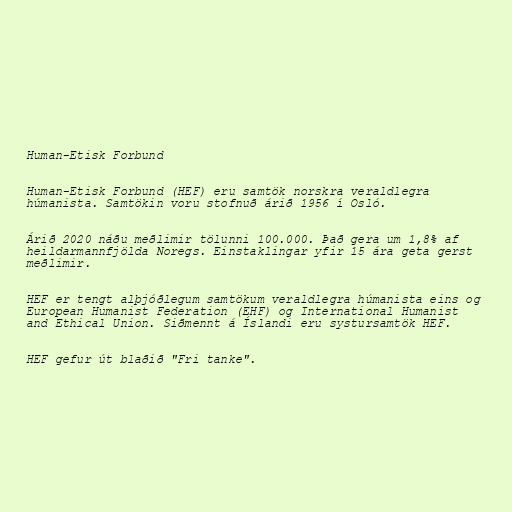
Human-Etisk Forbund

Human-Etisk Forbund (HEF) eru samtök norskra veraldlegra
húmanista. Samtökin voru stofnuð árið 1956 í Osló.

Árið 2020 náðu meðlimir tölunni 100.000. Það gera um 1,8% af
heildarmannfjölda Noregs. Einstaklingar yfir 15 ára geta gerst
meðlimir.

HEF er tengt alþjóðlegum samtökum veraldlegra húmanista eins og
European Humanist Federation (EHF) og International Humanist
and Ethical Union. Siðmennt á Íslandi eru systursamtök HEF.

HEF gefur út blaðið "Fri tanke".